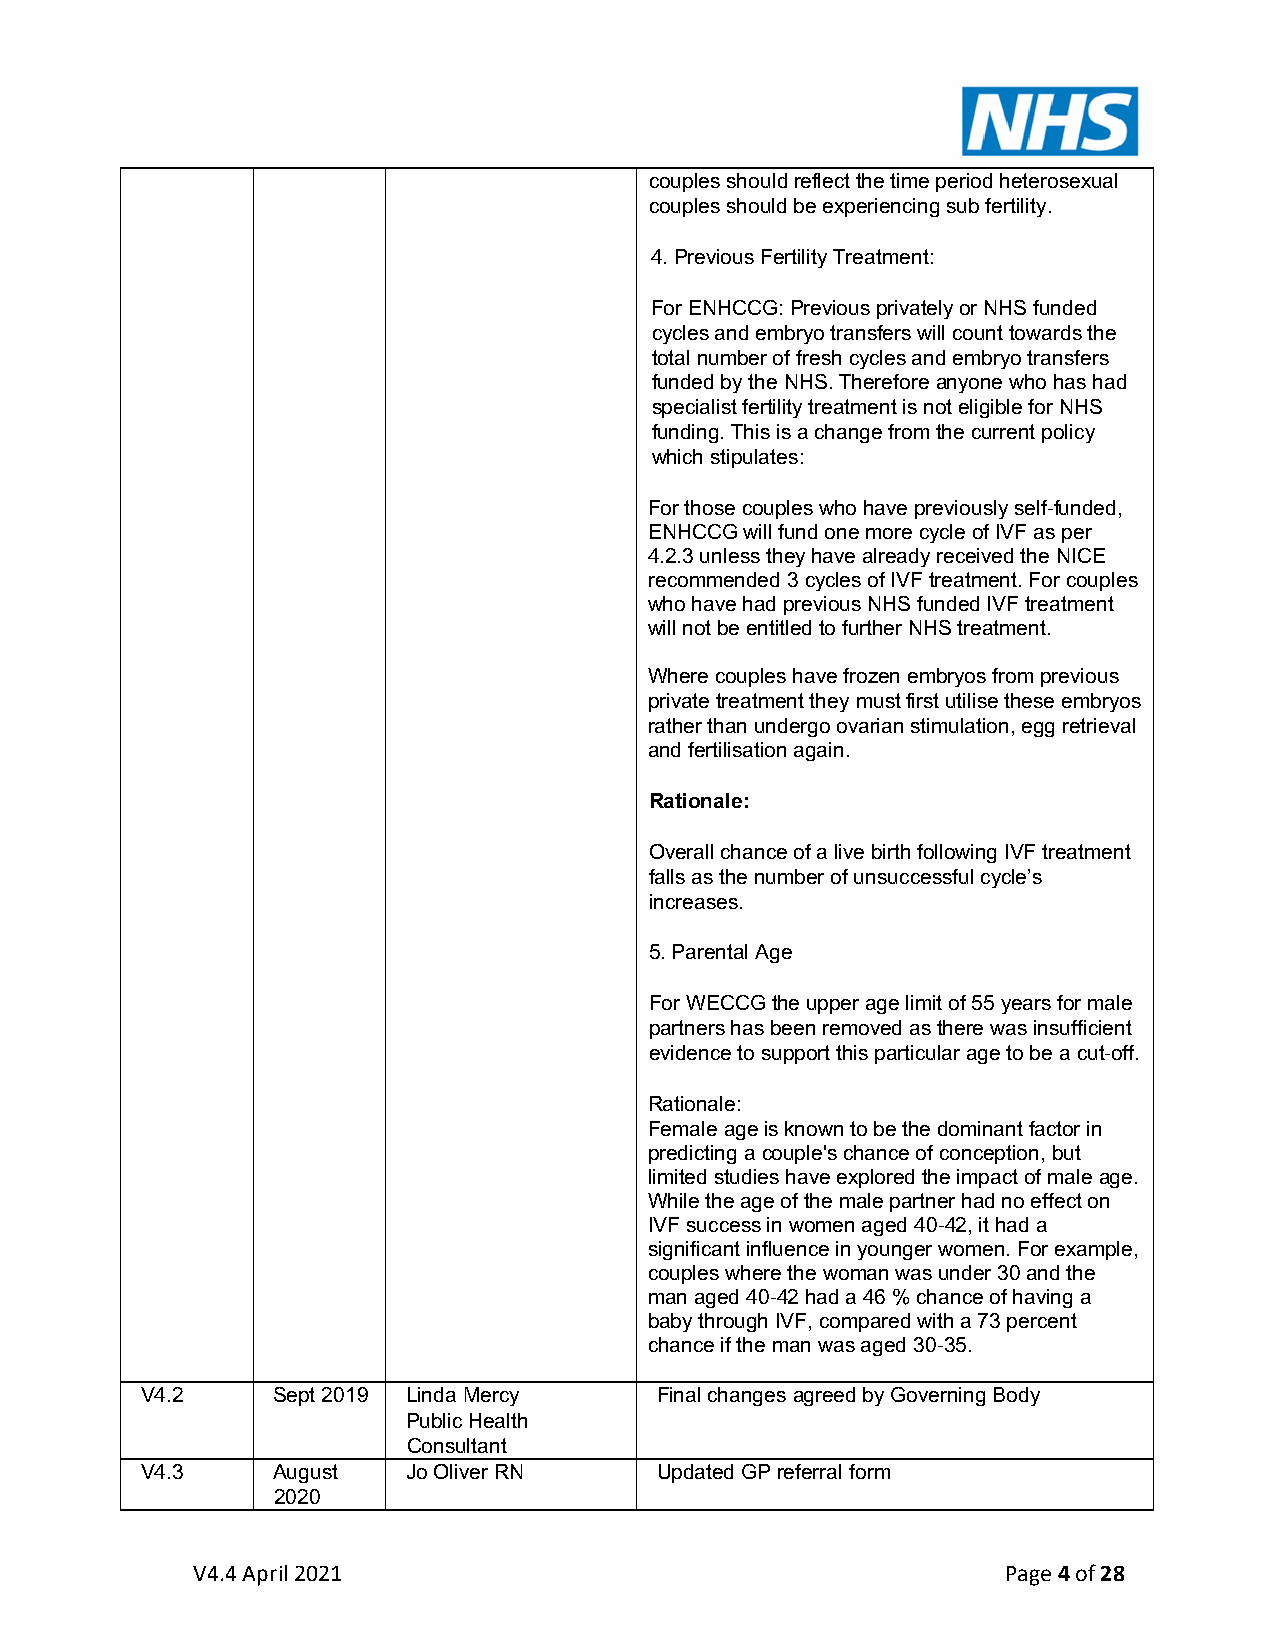
couples should reflect the time period heterosexual
 couples should be experiencing sub fertility.
 4. Previous Fertility Treatment:
 For ENHCCG: Previous privately or NHS funded
 cycles and embryo transfers will count towards the
 total number of fresh cycles and embryo transfers
 funded by the NHS. Therefore anyone who has had
 specialist fertility treatment is not eligible for NHS
 funding. This is a change from the current policy
 which stipulates:
 For those couples who have previously self-funded,
 ENHCCG will fund one more cycle of IVF as per
 4.2.3 unless they have already received the NICE
 recommended 3 cycles of IVF treatment. For couples
 who have had previous NHS funded IVF treatment
 will not be entitled to further NHS treatment.
 Where couples have frozen embryos from previous
 private treatment they must first utilise these embryos
 rather than undergo ovarian stimulation, egg retrieval
 and fertilisation again.
 Rationale:
 Overall chance of a live birth following IVF treatment
 falls as the number of unsuccessful cycle’s
 increases.
 5. Parental Age
 For WECCG the upper age limit of 55 years for male
 partners has been removed as there was insufficient
 evidence to support this particular age to be a cut-off.
 Rationale:
 Female age is known to be the dominant factor in
 predicting a couple's chance of conception, but
 limited studies have explored the impact of male age.
 While the age of the male partner had no effect on
 IVF success in women aged 40-42, it had a
 significant influence in younger women. For example,
 couples where the woman was under 30 and the
 man aged 40-42 had a 46 % chance of having a
 baby through IVF, compared with a 73 percent
 chance if the man was aged 30-35.
 V4.2     Sept 2019 Linda Mercy     Final changes agreed by Governing Body
 Public Health
 Consultant
 V4.3     August   Jo Oliver RN     Updated GP referral form
 2020
 V4.4 April 2021                                       Page 4 of 28